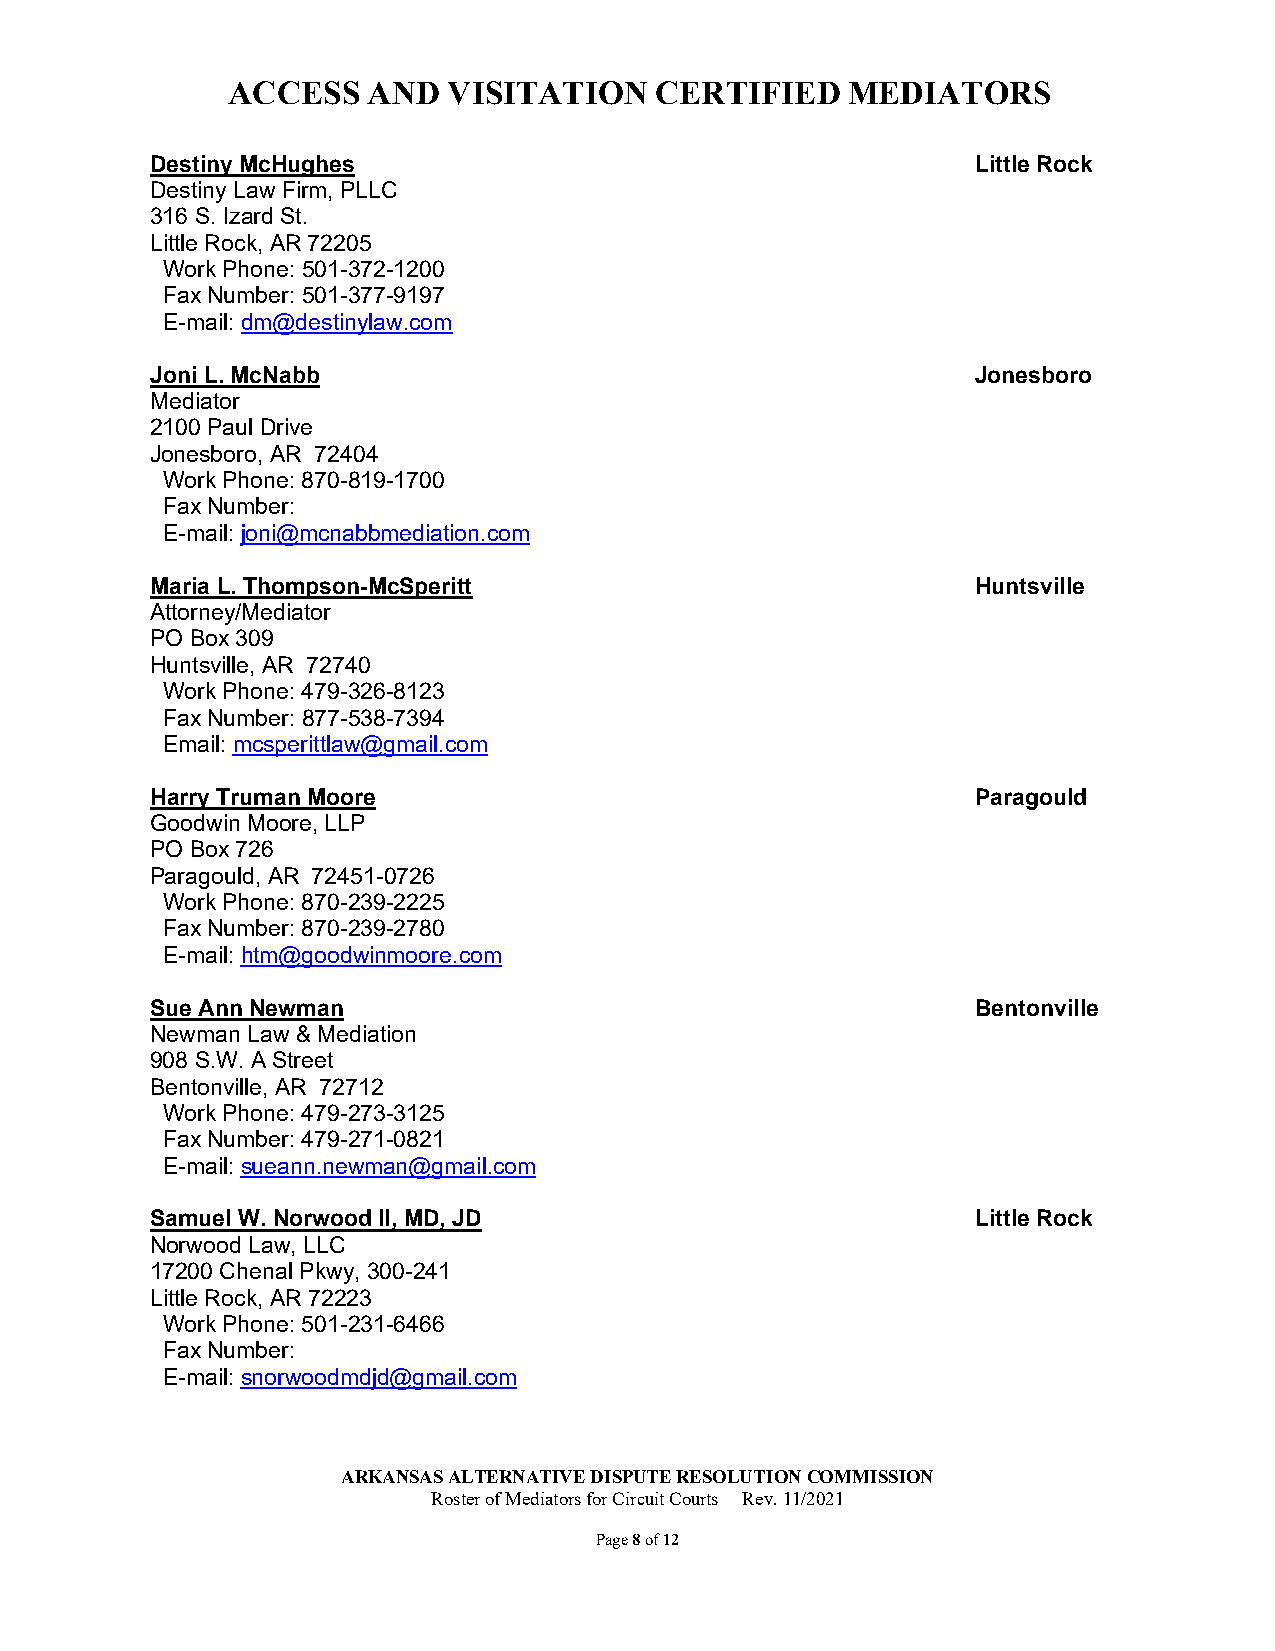
ACCESS   AND   VISITATION   CERTIFIED    MEDIATORS
 Destiny McHughes                                       Little Rock
 Destiny Law Firm, PLLC
 316 S. Izard St.
 Little Rock, AR 72205
 Work Phone: 501-372-1200
 Fax Number: 501-377-9197
 E-mail: dm@destinylaw.com
 Joni L. McNabb                                         Jonesboro
 Mediator
 2100 Paul Drive
 Jonesboro, AR 72404
 Work Phone: 870-819-1700
 Fax Number:
 E-mail: joni@mcnabbmediation.com
 Maria L. Thompson-McSperitt                            Huntsville
 Attorney/Mediator
 PO Box 309
 Huntsville, AR 72740
 Work Phone: 479-326-8123
 Fax Number: 877-538-7394
 Email: mcsperittlaw@gmail.com
 Harry Truman Moore                                     Paragould
 Goodwin Moore, LLP
 PO Box 726
 Paragould, AR 72451-0726
 Work Phone: 870-239-2225
 Fax Number: 870-239-2780
 E-mail: htm@goodwinmoore.com
 Sue Ann Newman                                         Bentonville
 Newman Law & Mediation
 908 S.W. A Street
 Bentonville, AR 72712
 Work Phone: 479-273-3125
 Fax Number: 479-271-0821
 E-mail: sueann.newman@gmail.com
 Samuel W. Norwood II, MD, JD                           Little Rock
 Norwood Law, LLC
 17200 Chenal Pkwy, 300-241
 Little Rock, AR 72223
 Work Phone: 501-231-6466
 Fax Number:
 E-mail: snorwoodmdjd@gmail.com
 ARKANSAS ALTERNATIVE DISPUTE RESOLUTION COMMISSION
 Roster of Mediators for Circuit Courts Rev. 11/2021
 Page 8 of 12